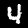
Digit: 4